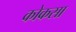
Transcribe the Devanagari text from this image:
कोकसा